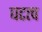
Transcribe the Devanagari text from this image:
घटत्च